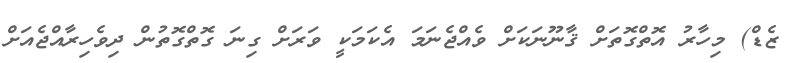
ޒެޑް) މިހާރު އޮތްގޮތަށް ޤާނޫނަކަށް ވެއްޖެނަމަ އެކަމަކީ ވަރަށް ގިނަ ގޮތްގޮތުން ދިވެހިރާއްޖެއަށް